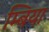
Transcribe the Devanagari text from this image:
म्बिया